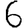
Digit: 6